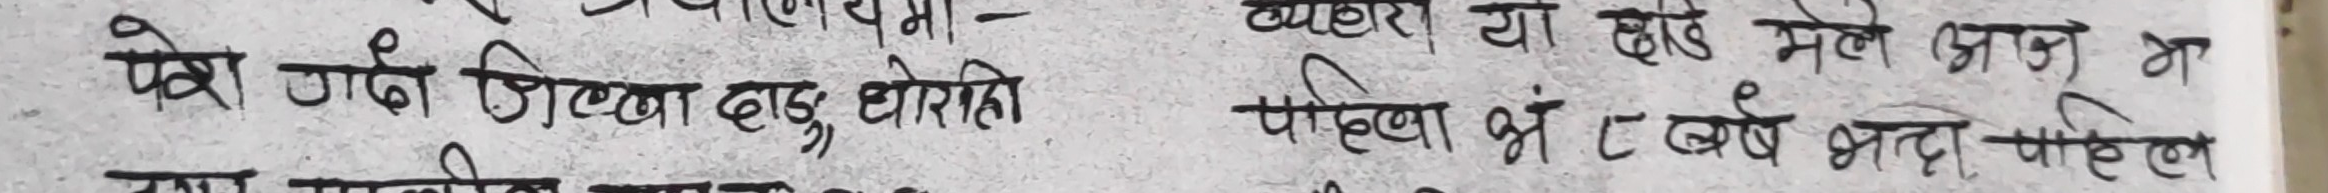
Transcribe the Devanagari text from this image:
पेश गर्दा जिल्ला दाङ, घोराही
व्याहारा या हार्ड मेले आज भ
पहिला भं ८ बर्ष भन्दा पहिल